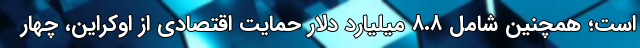
است؛ همچنین شامل ۸.۸ میلیارد دلار حمایت اقتصادی از اوکراین، چهار